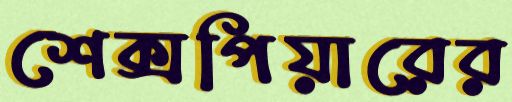
শেক্সপিয়ারের